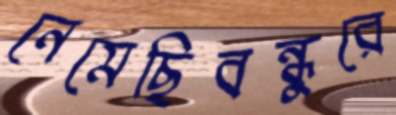
নেমেছিবন্ধুরে